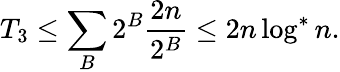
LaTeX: T_{3}\leq\sum_{B}2^{B}{\frac{2n}{2^{B}}}\leq 2n\log^{*}n.